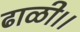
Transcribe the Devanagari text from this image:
ढाळी।।